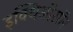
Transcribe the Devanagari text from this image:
इक्थिऑसॉर